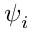
\psi _ { i }